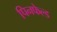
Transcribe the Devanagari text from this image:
पिनफेल्ड